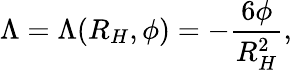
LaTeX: \Lambda=\Lambda(R_{H},\phi)=-\frac{6\phi}{R_{H}^{2}},